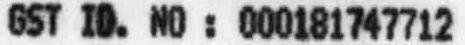
GST ID. NO : 000181747712